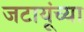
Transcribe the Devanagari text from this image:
जटायूंच्या